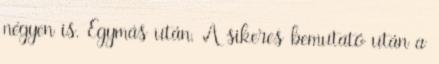
négyen is. Egymás után. A sikeres bemutató után a